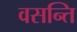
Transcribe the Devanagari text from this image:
वसन्ति